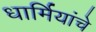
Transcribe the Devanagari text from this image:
धार्मियांचे